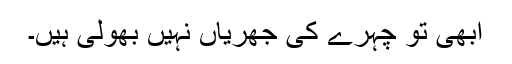
ابھی تو چہرے کی جُھریاں نہیں بھولی ہیں۔